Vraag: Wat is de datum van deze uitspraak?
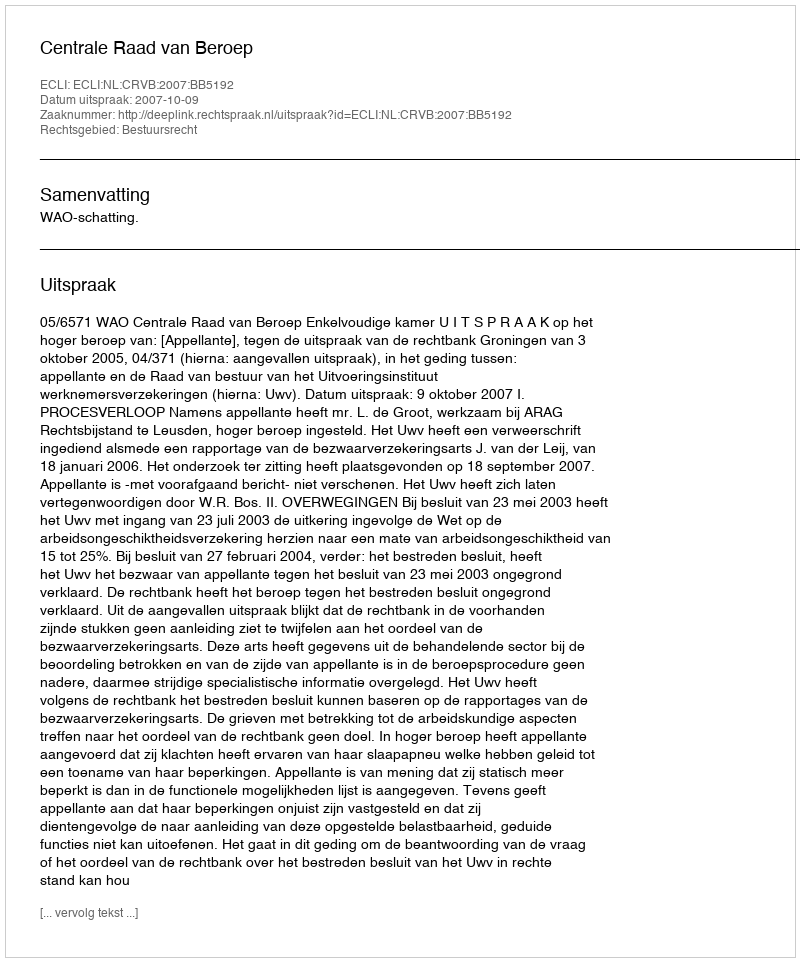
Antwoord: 2007-10-09